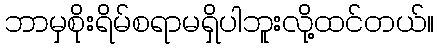
ဘာမှစိုးရိမ်စရာမရှိပါဘူးလို့ထင်တယ်။